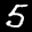
Label: 5